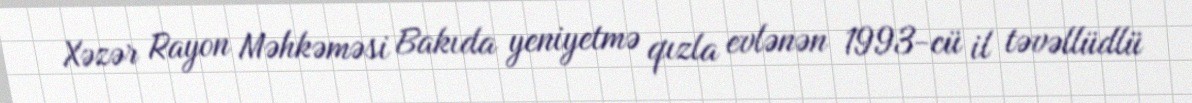
Xəzər Rayon Məhkəməsi Bakıda yeniyetmə qızla evlənən 1993-cü il təvəllüdlü